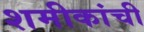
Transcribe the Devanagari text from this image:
शमीकांची